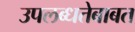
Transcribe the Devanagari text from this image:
उपलब्धतेबाबत